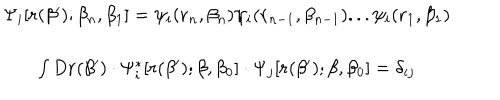
LaTeX: \begin{array} { c } { { \Psi _ { i } [ { \bf r } ( \beta ^ { \prime } ) ; \beta _ { n } , \beta _ { 1 } ] = \psi _ { i } ( { \bf r } _ { n } , \beta _ { n } ) \psi _ { i } ( { \bf r } _ { n - 1 } , \beta _ { n - 1 } ) . . . \psi _ { i } ( { \bf r } _ { 1 } , \beta _ { 1 } ) } } \\ { { \int D { \bf r } ( \beta ^ { \prime } ) \cdot \Psi _ { i } ^ { * } [ { \bf r } ( \beta ^ { \prime } ) ; \beta , \beta _ { 0 } ] \cdot \Psi _ { j } [ { \bf r } ( \beta ^ { \prime } ) ; \beta , \beta _ { 0 } ] = \delta _ { i j } } } \\ \end{array}